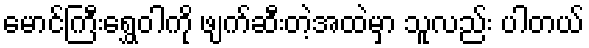
မောင်ကြီးရွှေဝါကို ဖျက်ဆီးတဲ့အထဲမှာ သူလည်း ပါတယ်